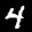
Label: 4